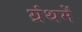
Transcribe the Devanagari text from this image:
ग्रंथमें